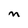
Character: M